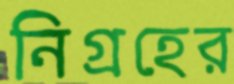
নিগ্রহের